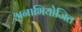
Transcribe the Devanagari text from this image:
अनाभियोजित